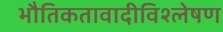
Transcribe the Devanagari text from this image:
भौतिकतावादीविश्लेषण